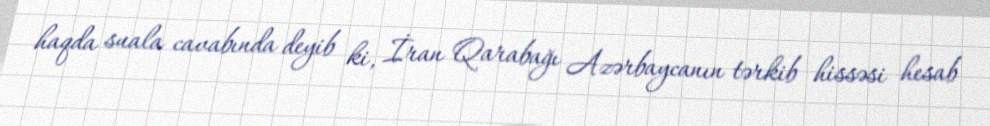
haqda suala cavabında deyib ki, İran Qarabağı Azərbaycanın tərkib hissəsi hesab